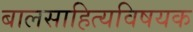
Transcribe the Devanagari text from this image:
बालसाहित्यविषयक